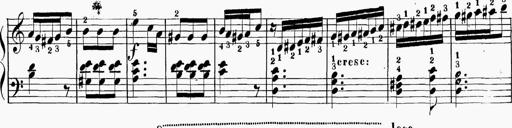
Title: 6 Sonatinas
Composer: Carl Reinecke